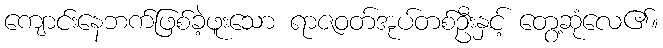
ကျောင်းနေဘက်ဖြစ်ခဲ့ဖူးသော ရာဇဝတ်အုပ်တစ်ဦးနှင့် တွေ့ဆုံလေ၏။